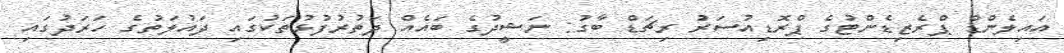
އައިލެންޑް ޕްރެޒިޑެންޓުގެ ޕްރޮޑިއުސަރު ރިޗަޑް ބާގު: ނަޝީދުގެ ބައެއް ދަތުރުފުޅުތަކުގައި ދައުލަތުގެ ހަރަދުގައި